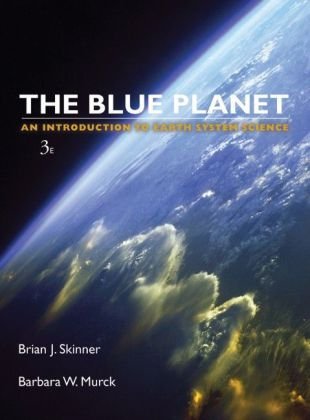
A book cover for Blue Planet An Introduction to Earth System Science, 3rd Edition; Brian J. Skinner; Science & Math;